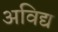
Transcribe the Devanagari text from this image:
अविद्य